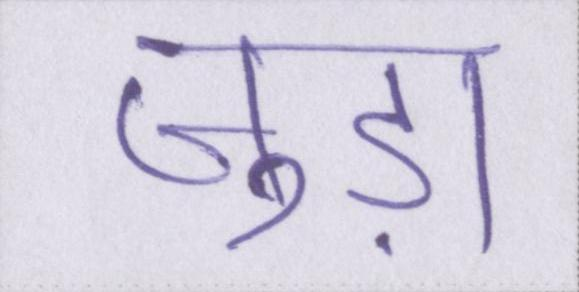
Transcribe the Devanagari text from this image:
जुड़ा